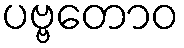
ပဗ္ဗတောဝ